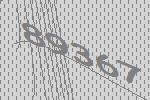
89367